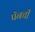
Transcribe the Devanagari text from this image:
पॅनची